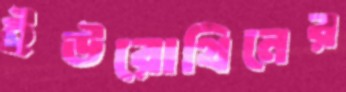
ইউরোথিনের